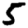
Digit: 5